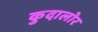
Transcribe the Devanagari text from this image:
कुदालोर